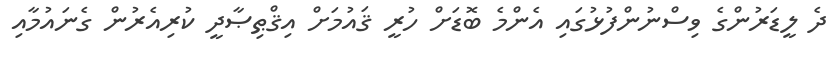
ދެ ލީޑަރުންގެ ވިސްނުންފުޅުގައި އެންމެ ބޮޑަށް ހުރީ ޤައުމަށް އިޤްޠިޞާދީ ކުރިއެރުން ގެނައުމާއި